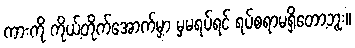
ကားကို ကိုယ့်တိုက်အောက်မှာ မှမရပ်ရင် ရပ်စရာမရှိတော့ဘူး။